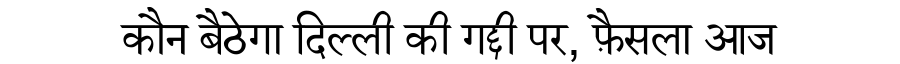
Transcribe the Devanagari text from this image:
कौन बैठेगा दिल्ली की गद्दी पर, फ़ैसला आज